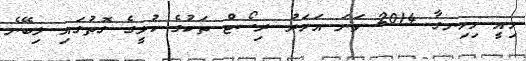
މިއީ މިހިނގާ 2014 ވަނަ އަހަރު ރިސޯޓް ތަކުގެ ކުލީގެ ގޮތުގައި ލިބޭނެ